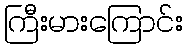
ကြီးမားကြောင်း